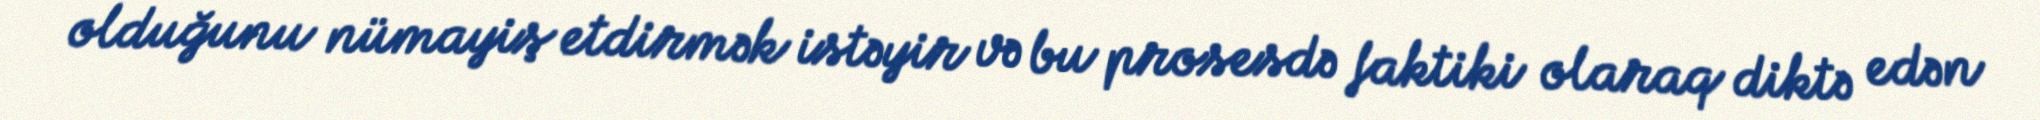
olduğunu nümayiş etdirmək istəyir və bu prosesdə faktiki olaraq diktə edən